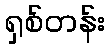
ရှစ်တန်း